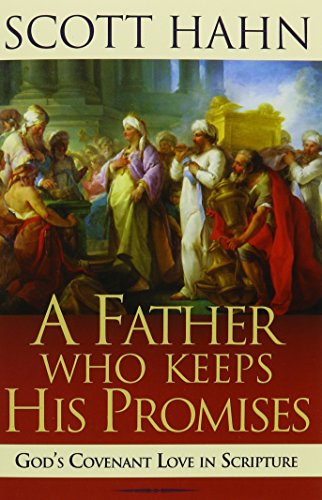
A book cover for A Father Who Keeps His Promises: God's Covenant Love in Scripture; Scott Hahn; Christian Books & Bibles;